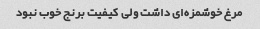
مرغ خوشمزه‌ای داشت ولی کیفیت برنج خوب نبود